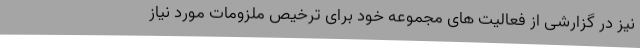
نیز در گزارشی از فعالیت های مجموعه خود برای ترخیص ملزومات مورد نیاز